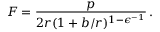
F = \frac { p } { 2 r ( 1 + b / r ) ^ { 1 - \epsilon ^ { - 1 } } } \, .